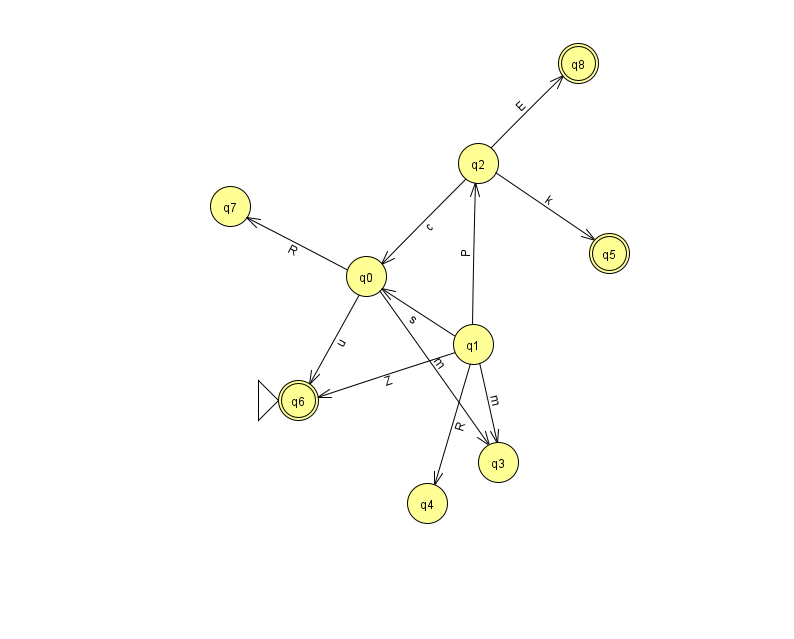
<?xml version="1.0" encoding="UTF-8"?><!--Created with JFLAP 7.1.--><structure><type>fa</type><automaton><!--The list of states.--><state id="0" name="q0"><x>366.0</x><y>263.0</y></state><state id="1" name="q1"><x>473.0</x><y>331.0</y></state><state id="2" name="q2"><x>478.0</x><y>150.0</y></state><state id="3" name="q3"><x>498.0</x><y>449.0</y></state><state id="4" name="q4"><x>427.0</x><y>490.0</y></state><state id="5" name="q5"><x>609.0</x><y>240.0</y><final/></state><state id="6" name="q6"><x>298.0</x><y>387.0</y><initial/><final/></state><state id="7" name="q7"><x>230.0</x><y>193.0</y></state><state id="8" name="q8"><x>578.0</x><y>50.0</y><final/></state><!--The list of transitions.--><transition><from>1</from><to>6</to><read>Z</read></transition><transition><from>0</from><to>6</to><read>u</read></transition><transition><from>1</from><to>4</to><read>R</read></transition><transition><from>2</from><to>0</to><read>c</read></transition><transition><from>0</from><to>7</to><read>R</read></transition><transition><from>0</from><to>3</to><read>m</read></transition><transition><from>2</from><to>5</to><read>k</read></transition><transition><from>1</from><to>2</to><read>P</read></transition><transition><from>1</from><to>3</to><read>m</read></transition><transition><from>2</from><to>8</to><read>E</read></transition><transition><from>1</from><to>0</to><read>s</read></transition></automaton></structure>